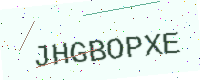
Text: JHGBOPXE